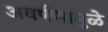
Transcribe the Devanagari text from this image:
अवर्षणामुळे